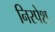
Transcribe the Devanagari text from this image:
निरपेश